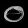
Digit: ၀